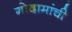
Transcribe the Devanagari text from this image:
गोदामांची